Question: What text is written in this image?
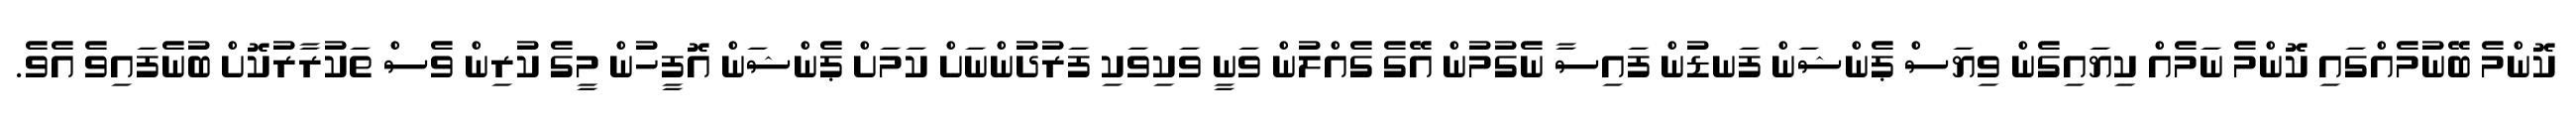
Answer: ކޮންމެ ބޭނުމެއްގައި ކޮންމެ ނަމެއް ކިޔައިގެން ވިޔަސް ޕެންޝަން ފަނޑުން ފައިސާ ނެގުމުން އޭގެ ގެއްލުން ވަނީ ވަކިވަކި ފަރުދުންނަށް ކަމަށް ޕެންޝަން އޮފީހުން މީގެ ކުރިން ވެސް ތަކުރާރުކޮށް ބުނެފައިވެ އެވެ.